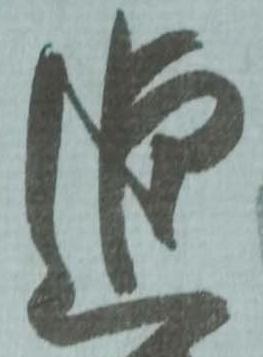
追